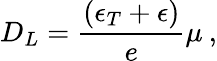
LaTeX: D_{L}=\frac{(\epsilon_{T}+\epsilon)}{e}\mu\: ,